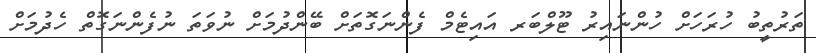
ތަރުތީބު ހުރަހަށް ހުންނައިރު ޓޫލްބަރ އައިޓެމް ފެންނަގޮތަށް ބޭންދުމަށް ނުވަތަ ނުފެންނަގޮތް ހެދުމަށް